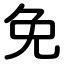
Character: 免